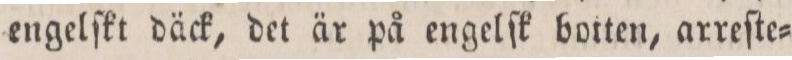
engelſkt däck, det är på engelſk botten, arreſte=